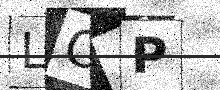
Text: LCAP